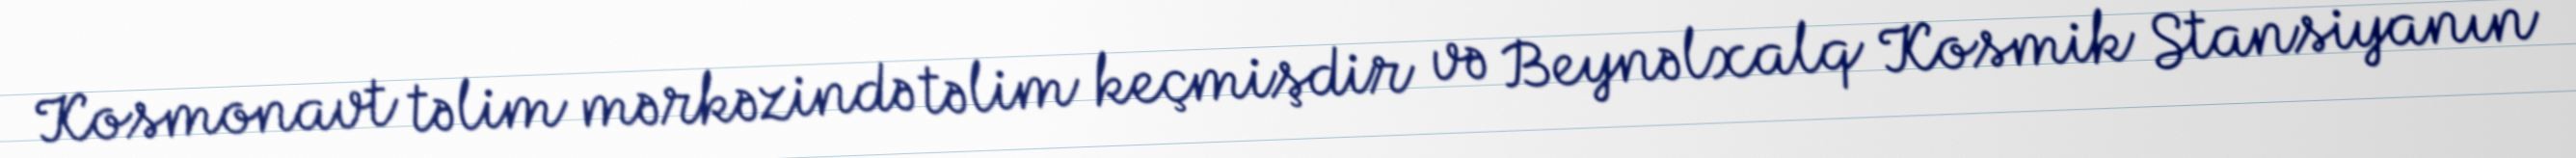
Kosmonavt təlim mərkəzində təlim keçmişdir və Beynəlxalq Kosmik Stansiyanın